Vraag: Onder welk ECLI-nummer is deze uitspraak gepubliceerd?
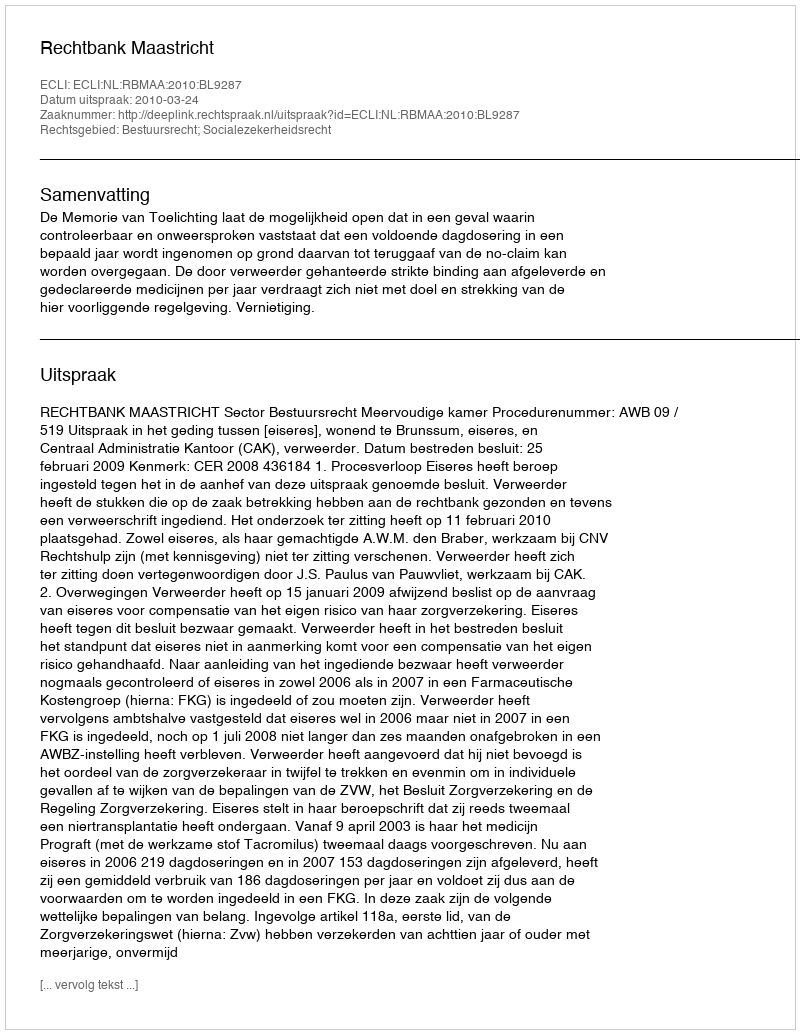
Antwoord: ECLI:NL:RBMAA:2010:BL9287